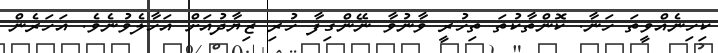
ކިހިނެއްވީތަ ހަނާ. ކޮންތާކުތަ ތިހުރީ ވާނުވާ ނޭންގިފާ ހުރި ޒިޔާދުއަށް އަހާލެވުނެވެ. އަހަރެން